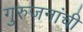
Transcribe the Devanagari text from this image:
गुरुजनांची